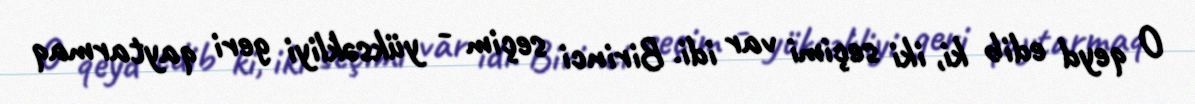
O qeyd edib ki, iki seçimi var idi. Birinci seçim - yüksəkliyi geri qaytarmaq